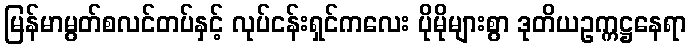
မြန်မာမွတ်စလင်တပ်နှင့် လုပ်ငန်းရှင်ကလေး ပိုမိုများစွာ ဒုတိယဥက္ကဋ္ဌနေရာ